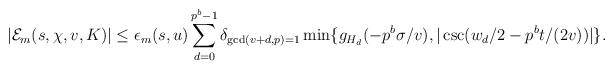
LaTeX: \begin{align*}|\mathcal{E}_m(s,\chi,v,K)| \le \epsilon_m(s,u)\sum_{d=0}^{p^b-1}\delta_{\gcd(v+d,p)=1} \min\{g_{H_d}(-p^b\sigma/v),|\csc(w_d/2-p^bt/(2v))|\}.\end{align*}